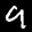
Label: 9